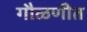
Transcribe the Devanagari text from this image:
गौळणीत